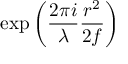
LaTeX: \exp \left( { \frac { 2 \pi i } { \lambda } } { \frac { r ^ { 2 } } { 2 f } } \right)